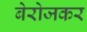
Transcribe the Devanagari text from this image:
बेरोजकर